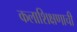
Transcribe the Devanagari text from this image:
कलाशिक्षणाची